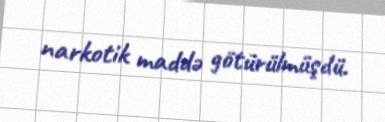
narkotik maddə götürülmüşdü.